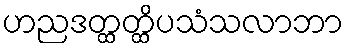
ဟညဒတ္ထတ္ထိပသံသလာဘာ